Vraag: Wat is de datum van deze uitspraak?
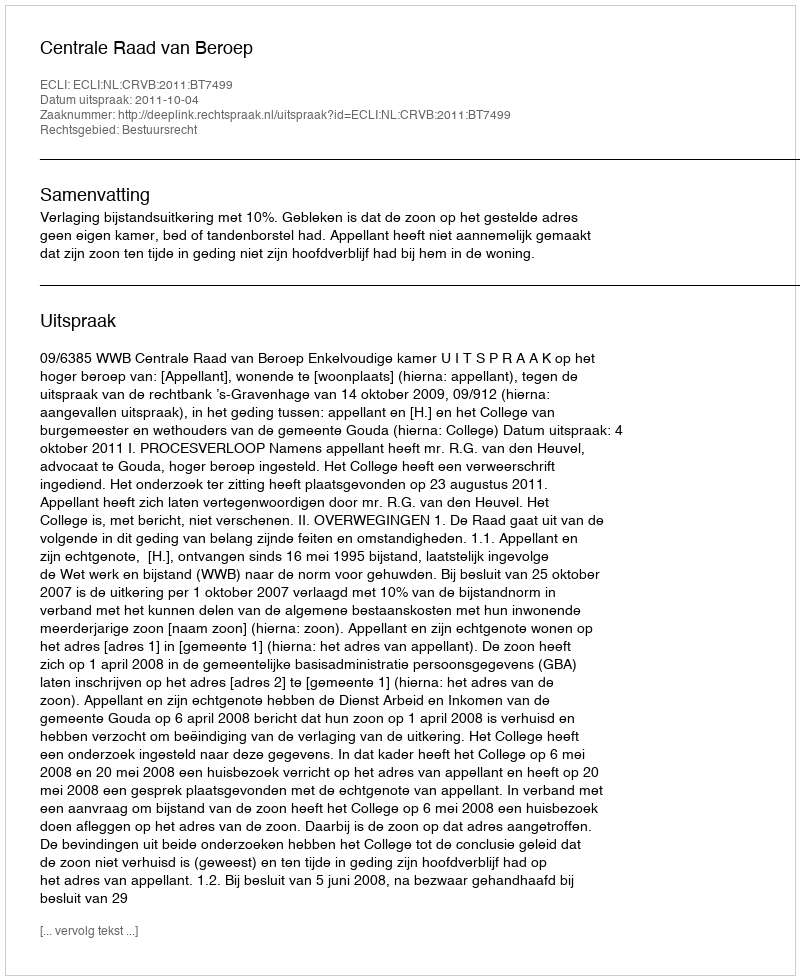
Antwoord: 2011-10-04